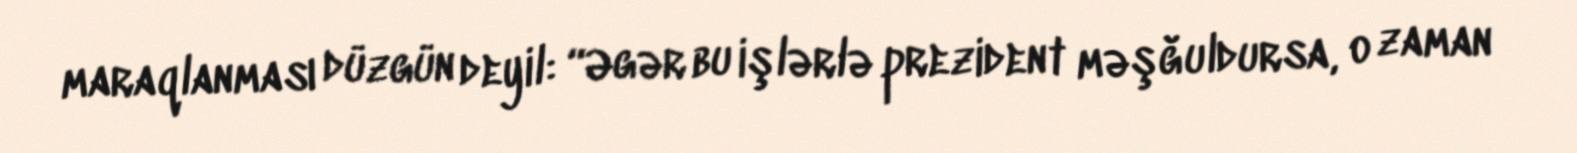
maraqlanması düzgün deyil: “Əgər bu işlərlə prezident məşğuldursa, o zaman